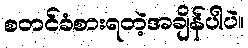
စတင်ခံစားရတဲ့အချိန်ပါပဲ။